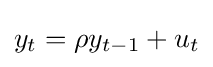
y_{t}=\rho y_{t-1}+u_{t}